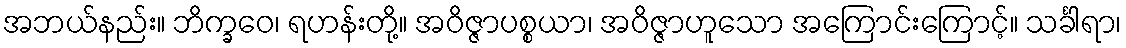
အဘယ်နည်း။ ဘိက္ခဝေ၊ ရဟန်းတို့။ အဝိဇ္ဇာပစ္စယာ၊ အဝိဇ္ဇာဟူသော အကြောင်းကြောင့်။ သင်္ခါရာ၊